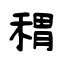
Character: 稩